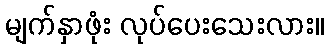
မျက်နှာဖုံး လုပ်ပေးသေးလား။